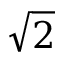
\sqrt { 2 }